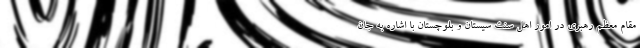
مقام معظم رهبری در امور اهل سنت سیستان و بلوچستان با اشاره به جان